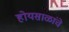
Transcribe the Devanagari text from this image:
होयसाळांचे